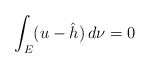
\begin{align*}\int_{E}(u-\hat{h})\,d\nu=0\end{align*}